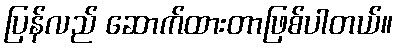
ပြန်လည် ဆောက်ထားတာဖြစ်ပါတယ်။